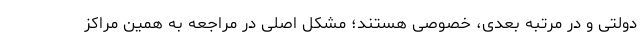
دولتی و در مرتبه بعدی، خصوصی هستند؛ مشکل اصلی در مراجعه به همین مراکز